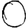
Digit: 0